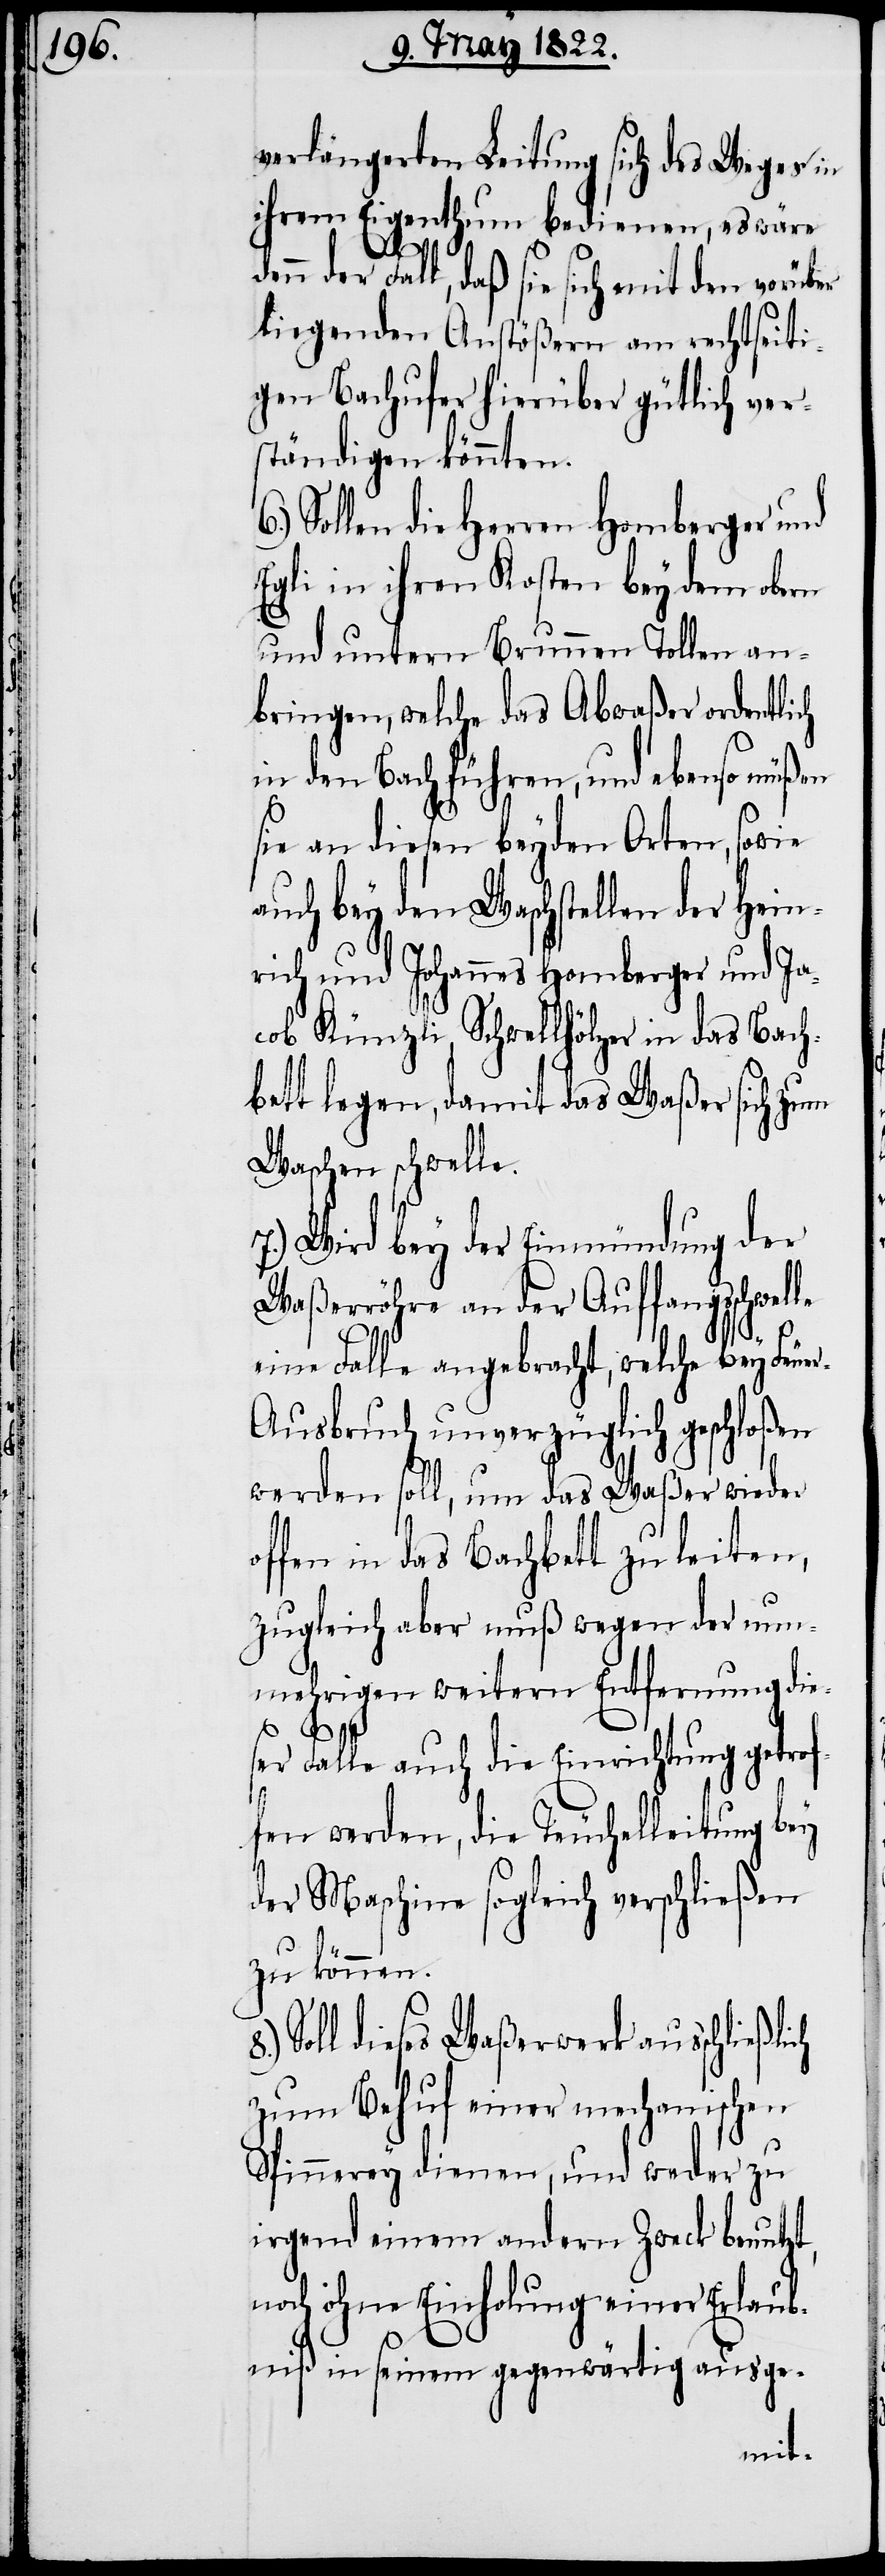
verlängerten Leitung sich des Weges in
ihrem Eigenthum bedienen, es wäre
denn der Fall, daß sie sich mit den vorüber
liegenden Anstößern am rechtseiti¬
gen Bachufer hierüber gütlich ver¬
ständigen könnten.
Sollen die Herren Homberger und
Egli in ihren Kosten bey dem obern
und untern Brunnen Tollen an¬
bringen, welche das Abwaßer ordentlich
in den Bach führen, und ebenso müßen
sie an diesen beyden Orten, sowie
auch bey den Waschstellen der Hein¬
rich und Johannes Homberger und Ja¬
cob Künzli, Schwellhölzer in das Bach¬
bett legen, damit das Waßer sich zum
Waschen schwelle.
7.) Wird bey der Einmündung der
Waßerröhre an der Auffangschwelle
eine Falle angebracht, welche bey Feue¬
r-Ausbruch unverzüglich geschloßen
werden soll, um das Waßer wieder
offen in das Bachbett zu leiten,
zugleich aber muß wegen der nu¬
nmehrigen weitern Entfernung die¬
lich
ser Falle auch die Einrichtung getrof¬
fen werden, die Teuchelleitung bey
der Maschine sogleich verschließen
zu können.
Soll dieses Waßerwerk ausschließ¬
zum Behuf einer mechanischen
Spinnerey dienen, und weder zu
irgend einem andern Zweck benutzt,
noch ohne Einholung einer Erlaub¬
niß in seinem gegenwärtig ausge-